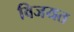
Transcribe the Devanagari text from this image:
विजयत